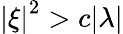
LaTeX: \left|\xi\right|^{2}>c|\lambda|